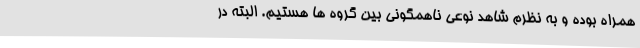
همراه بوده و به نظرم شاهد نوعی ناهمگونی بین گروه ها هستیم. البته در